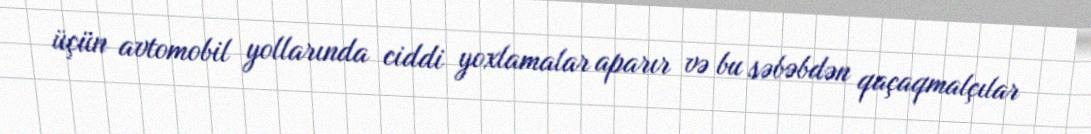
üçün avtomobil yollarında ciddi yoxlamalar aparır və bu səbəbdən qaçaqmalçılar